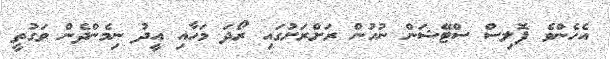
އެހެންވެ ޕޮލިސް ސްޓޭޝަން ނުހުން ރަށްރަށުގައި ރޯދަ މަހާއި އީދު ނިމެންދެން ވަގުތީ